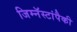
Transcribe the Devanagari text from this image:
जिम्नॅस्टांपैकी